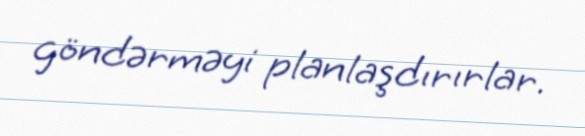
göndərməyi planlaşdırırlar.